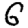
Digit: 6